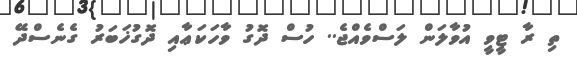
ތި ރާ ޓީވީ އުވާލަން ލަސްވެއްޖެ.. ހުސް ދޮގު ވާހަކަޢާއި ދޮގުޚަބަރު ގެނެސްދޭ